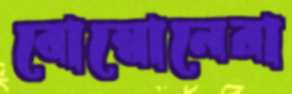
বোম্বোনেরা